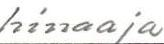
hinaaja